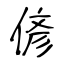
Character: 偐